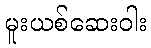
မူးယစ်ဆေးဝါး